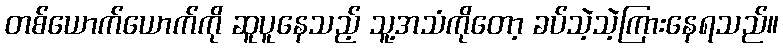
တစ်ယောက်ယောက်ကို ဆူပူနေသည့် သူ့အသံကိုတော့ ခပ်သဲ့သဲ့ကြားနေရသည်။